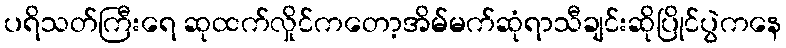
ပရိသတ်ကြီးရေ ဆုထက်လှိုင်ကတော့အိမ်မက်ဆုံရာသီချင်းဆိုပြိုင်ပွဲကနေ